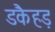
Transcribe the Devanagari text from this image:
डकैहड़